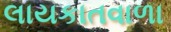
લાયકાતવાળા